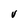
Character: v